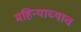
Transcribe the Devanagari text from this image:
महिन्याच्याच